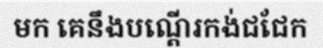
មក គេនឹងបណ្តើរកង់ជជែក